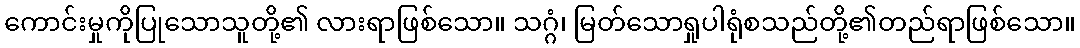
ကောင်းမှုကိုပြုသောသူတို့၏ လားရာဖြစ်သော။ သဂ္ဂံ၊ မြတ်သောရှုပါရုံစသည်တို့၏တည်ရာဖြစ်သော။